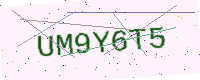
Text: UM9Y6T5